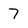
Character: 7